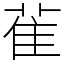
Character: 雈